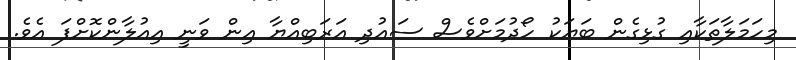
މިހަމަލާތަކާއި ގުޅިގެން ބަޔަކު ހޯދުމަށްވެސް ސައުދި އަރަބިއްޔާ އިން ވަނީ އިއުލާންކޮށްފަ އެވެ.